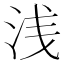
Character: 浅